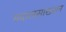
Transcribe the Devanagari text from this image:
मदालसाख्यान